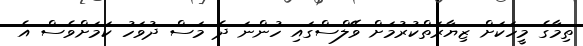
ތިމާގެ މީހަކަށް ޒިޔާރަތްކުރުމަށް ވޭލްސްގައި ހުންނަ ދެ މަސް ދުވަހު ކަމަށްވެސް އެ